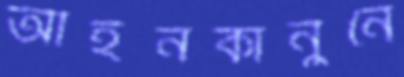
আইনকানুনে